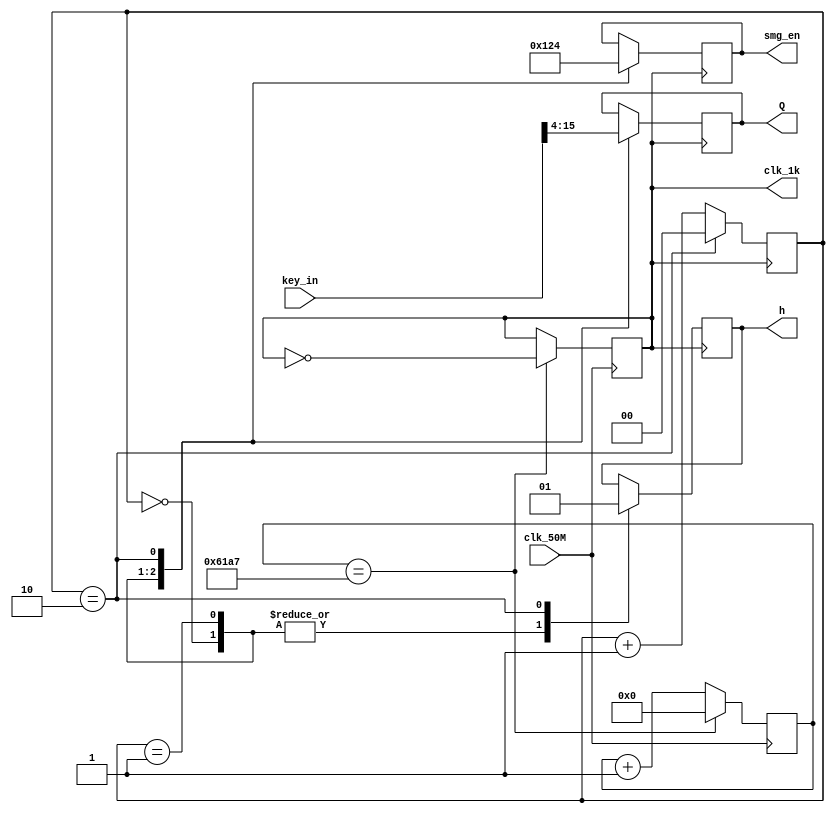
module multi_disp(key_in,clk_50M,smg_en,Q,h,clk_1k);
input clk_50M;
input[15:0] key_in;
output reg[3:0] smg_en=0;
output reg[3:0] Q=0;
output reg h=0;
output reg clk_1k=0;
reg [31:0] counter=0;
reg [1:0] cnt=0;
reg[3:0]D3,D2,D1;

parameter Nmax=32'd25_000; //1k

always@(key_in)
begin
D3=key_in/100;
D2=(key_in%100)/10;
D1=key_in%10;
end

always@(posedge clk_50M)
begin
	if(counter==Nmax-1) 
	begin
	   counter<=0;
		clk_1k<=~clk_1k;
	end
	else 
	   counter<= counter + 1;
end

always@(posedge clk_1k)
begin
	if(cnt==2) 
	   cnt<=0;
	else 
	   cnt <= cnt + 1;
end

always@(posedge clk_1k)
begin 
		case(cnt)
		0:begin smg_en<=4'b0001; Q<=key_in[15:12];h<=0; end
		1:begin smg_en<=4'b0010; Q<=key_in[11:8]; h<=0; end
	   2:begin smg_en<=4'b0100; Q<=key_in[7:4];  h<=1; end
		endcase
end 
endmodule